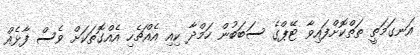
އަނގަމަތީ ތަތްކޮށްފައިވާ ޓޭޕްގެ ސަބަބުން ހަމްދާ ކިއި އެއްޗެހި އެއްގޮތަކަށް ވެސް ފާޅެއް